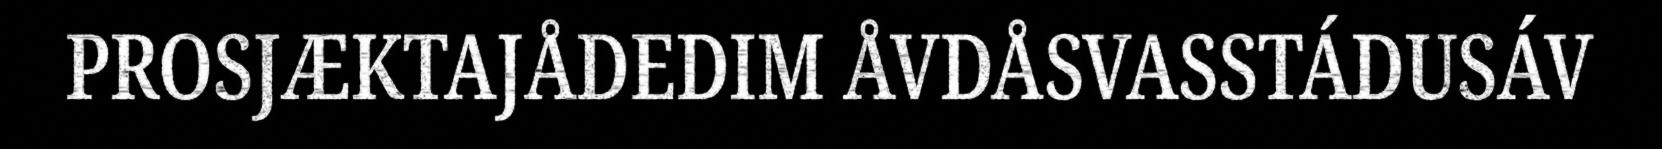
PROSJÆKTAJÅDEDIM ÅVDÅSVASSTÁDUSÁV